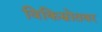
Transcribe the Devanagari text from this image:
विकिस्रोतवर